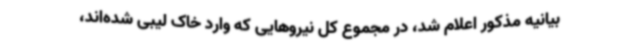
بیانیه مذکور اعلام شد، در مجموع کل نیروهایی که وارد خاک لیبی شده‌اند،